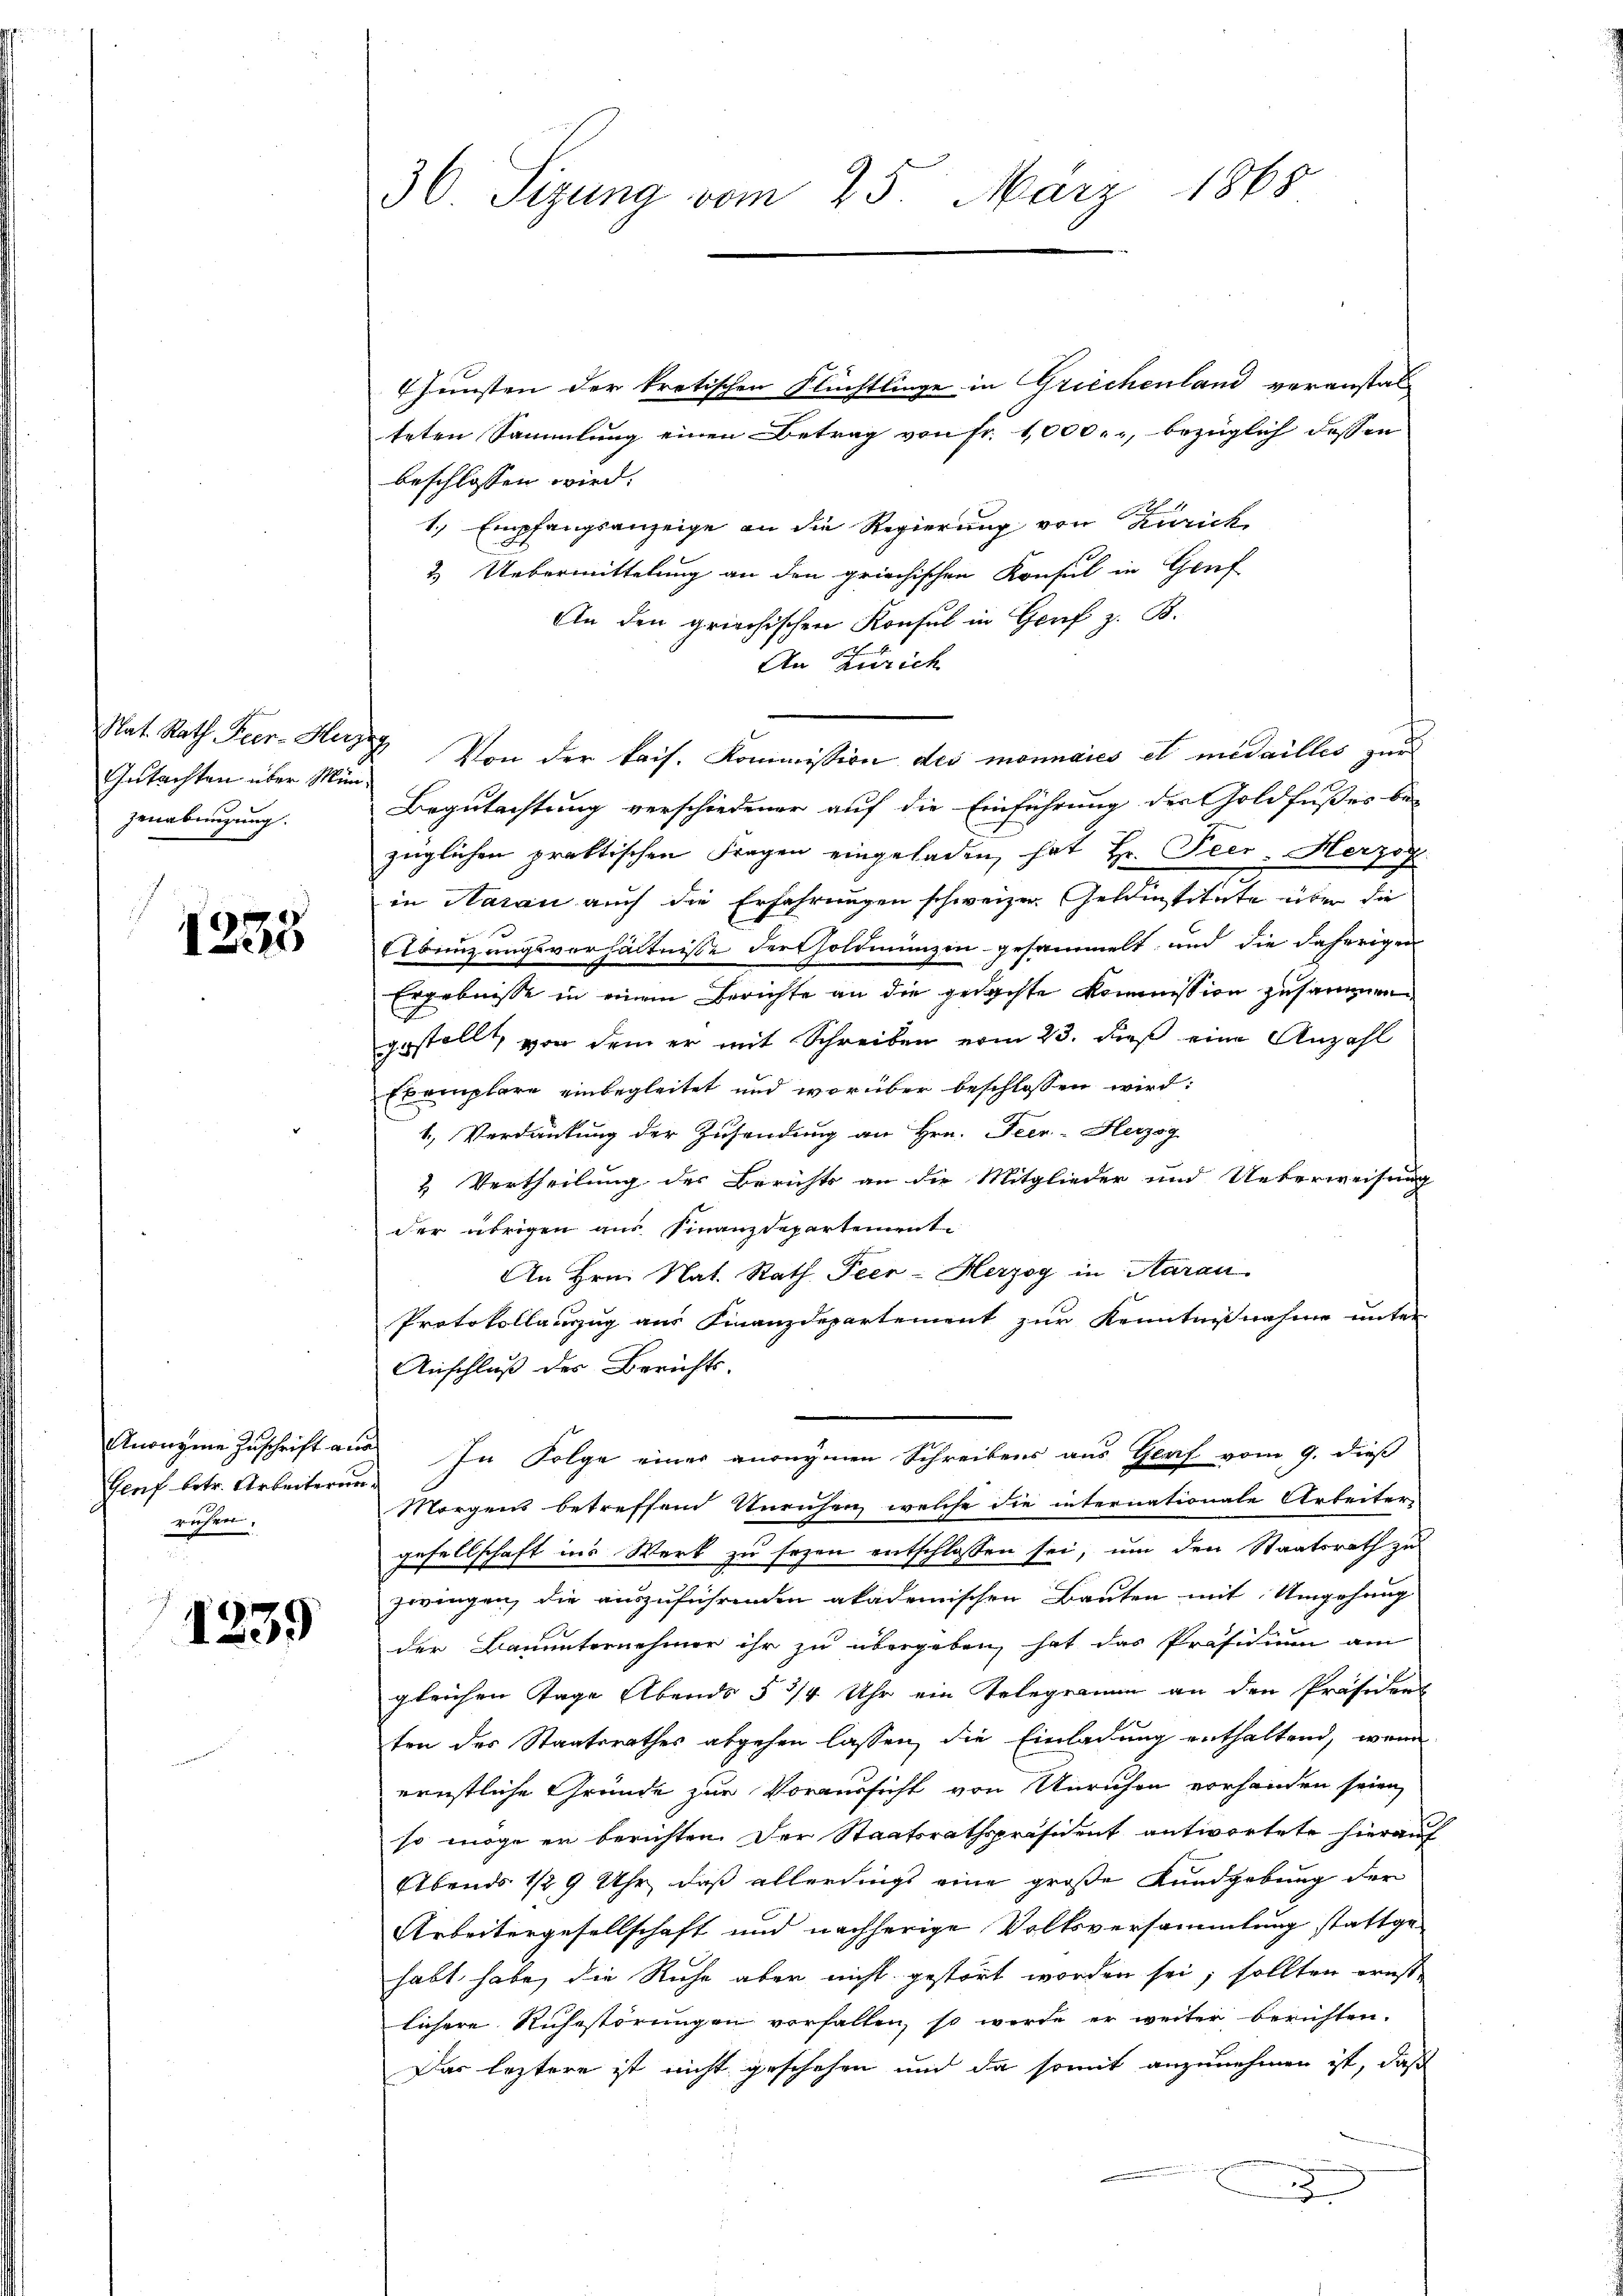
Gutachten über Münzenabnigung.

1233

Genf betr. Arbeiterung
ruchen.

1239

36 Sizung vom 25. März 1868

Junsten der kretischen Flüchtlinge in Griechenland veranstal-
teten Sammlung einen Betrag von Fr. 1000.- bezüglich dessen
beschlossen wird.
1., Empfangsanzeige an die Regierung von Zürich
2. Uebermittelung an den griechischen Konsul in Gruf
An den griechischen Konsul in Genf z. B.
An Zürich
Nat. Rath Feer-Huz Von der kais. Kommission des monnaies et medailles zur
Begutachtung verschiedener auf die Einführung der Goldfußes be-
züglichen praktischen Fragen eingeladen, hat Hr. Peer: Herzog
in Haran auch die Erfahrungen schweizer Geldinstitute über die
Abeizungsverhältnisse dersholdmünzen gesammelt und die jährigen
Ergebnisse in einem Berichte an die gedachte Kommission zusammen.
gestellt, von dem er mit Schreiben vom 23. dieß eine Anzahl
Exemplare einbegleitet und worüber beschlossen wird:
1. Verdankung der Zusendung an Hrn. Feer- Herzog
2 Vertheilung des Berichts an die Mitglieder und Ueberweisung
der übrigen aus Finanzdepartement.
An Hrn. Nat. Rath Peer-Herzog in Aarau
Protokollauszug aus Finanzdepartement zur Kenntnisnahme unter
Anschluß des Berichts-
Anonyme Zuschrift aus. In Folge einer anonymen Schreibens aus Graf vom 9. dieß
Morgens betreffend Unruhen welche die internationale Arbeiter-
gesellschaft ins Werk zu sezen entschlossen sei, um den Staatsrath zu
zwingen, die auszuführenden akademischen Bauten mit Umgehung
der Bauunternehmer ihr zu übergeben, hat das Präsidium am
gleichen Tage Abends § 3/4 Uhr ein Telegramen an den Präsident
ten des Staatsrathes abgehen lassen, die Einladung enthaltend, wenn
ernstliche Gründe zur Voraussicht von Unruhen vorhanden seien,
so möge er berichten. Der Staatsrathspräsident antwortete hierauf
Abends 1/2 9 Uhr, daß allerdings eine große Kundgebung der
Arbeitergesellschaft und nachherige Volksversammlung stattge-
habt habe, die Ruhe aber nicht gestört worden sei, sollten ernst-
lichere Ruhestörungen vorfallen, so werde er weiter berichten.
Das leztere ist nicht geschehen und da somit anzunehmen ist, daß
u